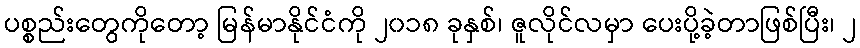
ပစ္စည်းတွေကိုတော့ မြန်မာနိုင်ငံကို ၂၀၁၈ ခုနှစ်၊ ဇူလိုင်လမှာ ပေးပို့ခဲ့တာဖြစ်ပြီး၊ ၂